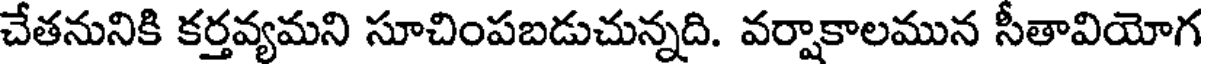
చేతనునికి కర్తవ్యమని సూచింపబడుచున్నది. వర్షాకాలమున సీతావియోగ